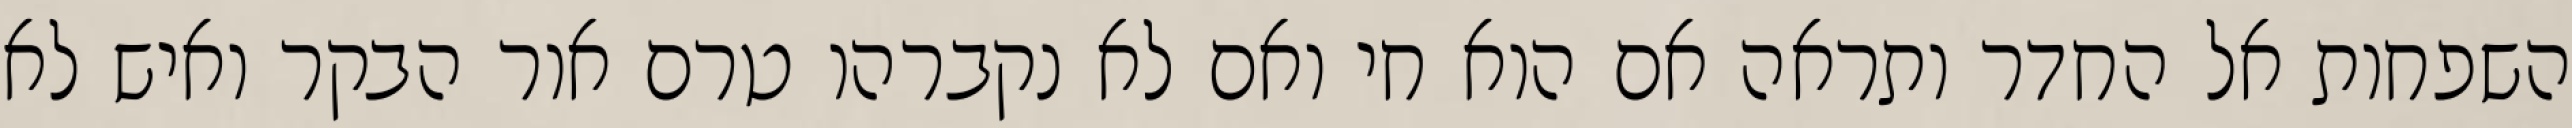
השפחות אל החדר ותראה אם הוא חי ואם לא נקברהו טרם אור הבקר ואיש לא